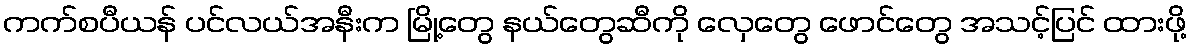
ကက်စပီယန် ပင်လယ်အနီးက မြို့တွေ နယ်တွေဆီကို လှေတွေ ဖောင်တွေ အသင့်ပြင် ထားဖို့